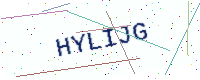
Text: HYLIJG